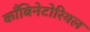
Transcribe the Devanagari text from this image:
काँबिनेटोरियल